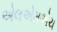
એલએમએચ